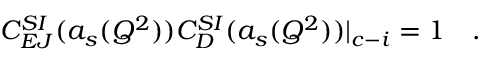
C _ { E J } ^ { S I } ( a _ { s } ( Q ^ { 2 } ) ) C _ { D } ^ { S I } ( a _ { s } ( Q ^ { 2 } ) ) | _ { c - i } = 1 ~ ~ ~ .